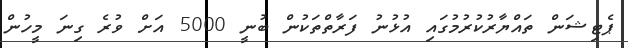
ޕެޓިޝަން ތައްޔާރުކުރުމުގައި އުޅުނު ފަރާތްތަކުން ބުނީ 5000 އަށް ވުރެ ގިނަ މީހުން